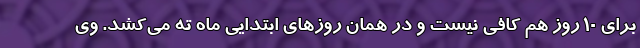
برای ۱۰ روز هم کافی نیست و در همان روزهای ابتدایی ماه ته می‌کشد. وی